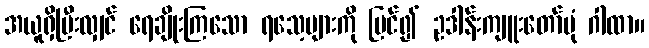
အယူရှိပြီးလျှင် ရေချိုးကြသော ရသေ့များကို မြင်၍ ဥဒါန်းကျူးတော်ပုံ ဂါထာ။